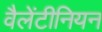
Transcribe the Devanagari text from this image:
वैलेंटीनियन